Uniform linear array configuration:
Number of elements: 64
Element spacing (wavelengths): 0.75
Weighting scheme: hann
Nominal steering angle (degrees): -45
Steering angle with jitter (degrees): -43.111
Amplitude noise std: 0.05
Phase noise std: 0.05

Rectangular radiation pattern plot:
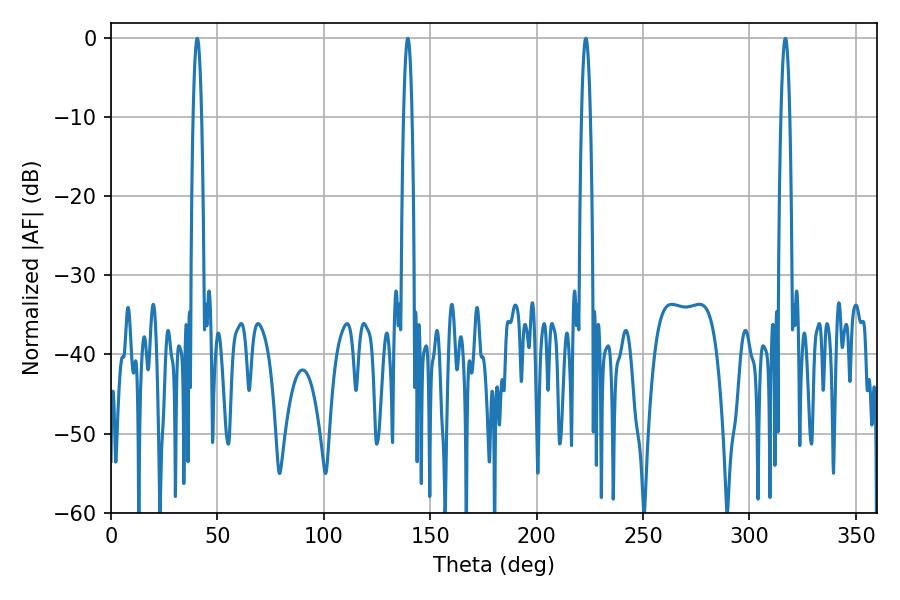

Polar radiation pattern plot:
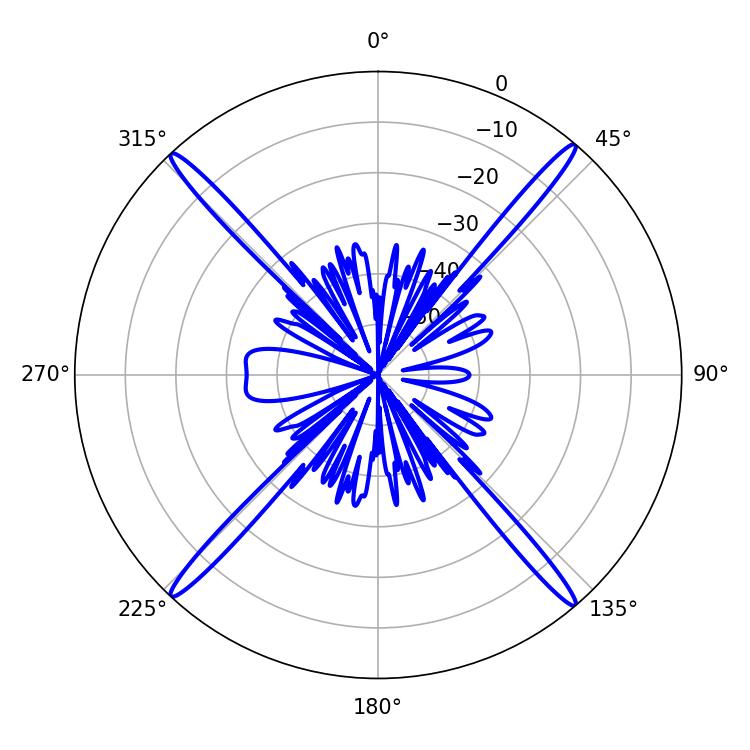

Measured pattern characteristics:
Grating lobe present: TRUE
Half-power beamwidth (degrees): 2.16
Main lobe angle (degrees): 139.5